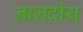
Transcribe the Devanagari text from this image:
नालदीय